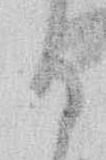
る